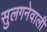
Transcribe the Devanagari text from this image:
सुलगनेवाली